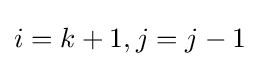
i=k+1,j=j-1